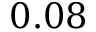
0 . 0 8